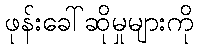
ဖုန်းခေါ်ဆိုမှုများကို